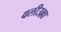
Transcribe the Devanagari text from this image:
वलीउल्ला